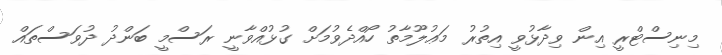
މިނިސްޓްރީ އިން ވިދާޅުވީ އިތުރު މަޢުލޫމާތު ހޯއްދެވުމަށް ގުޅުއްވާނީ ރަސްމީ ބަންދު ދުވަސްތައް